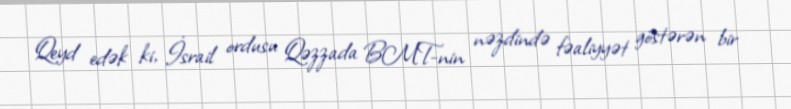
Qeyd edək ki, İsrail ordusu Qəzzada BMT-nin nəzdində fəaliyyət göstərən bir